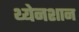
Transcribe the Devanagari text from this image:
थ्येनशान